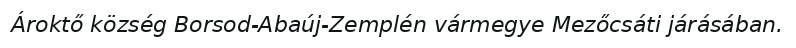
Ároktő község Borsod-Abaúj-Zemplén vármegye Mezőcsáti járásában.